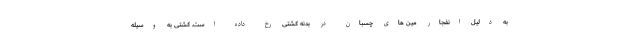
به دلیل انفجار مین های چسبان در بدنه کشتی رخ داده است. کشتی به وسیله